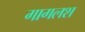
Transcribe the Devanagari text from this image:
गागलश